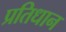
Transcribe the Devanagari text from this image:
प्रतिधान